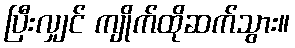
ပြီးလျှင် ကျိုက်ထိုဆက်သွား။